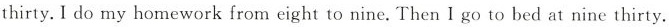
thirty. I do my homework from eight to nine. Then I go to bed at nine thirty.